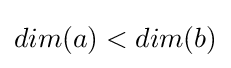
dim(a)<dim(b)